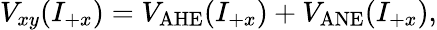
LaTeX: V_{xy}(I_{+x})=V_{\mathrm{AHE}}(I_{+x})+V_{\mathrm{ANE}}(I_{+x}),